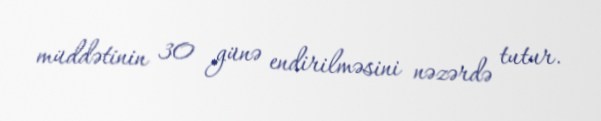
müddətinin 30 günə endirilməsini nəzərdə tutur.